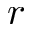
r